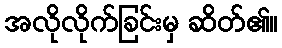
အလိုလိုက်ခြင်းမှ ဆိတ်၏။